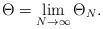
LaTeX: \begin{align*}\Theta=\lim_{N\to\infty}\Theta_N.\end{align*}